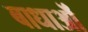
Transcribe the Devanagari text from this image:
बाधाऒं